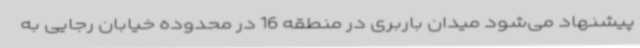
پیشنهاد می‌شود میدان باربری در منطقه 16 در محدوده خیابان رجایی به